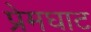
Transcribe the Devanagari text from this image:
प्रेमघाट